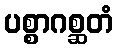
ပစ္စာဂစ္ဆတံ